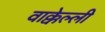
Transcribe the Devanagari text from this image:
वाक्केल्ली